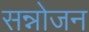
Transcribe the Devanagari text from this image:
सन्नोजन